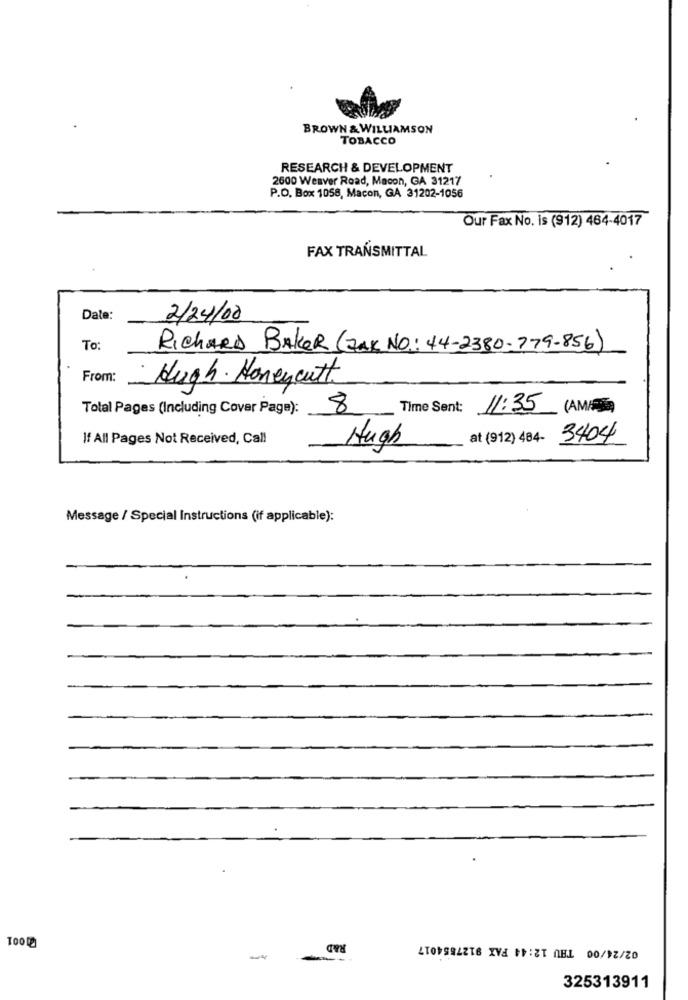
BROWN & WILLIAMSON
TOBACCO
RESEARCH & DEVELOPMENT
2600 Weaver Road, Macon, GA 31217
P.O. Box 1058, Macon, GA 31202-1056
Our Fax No. is (912) 464-4017
FAX TRANSMITTAL
Date:
2/24/00
To:
RICHARD BAKER (ZAK NO: 44-2380-779-856)
From:
Hugh. Honeycutt
Total Pages (Including Cover Page):
8
Time Sent:
11:35
If All Pages Not Received, Call
at (912) 484- 3404
Hugh
Message / Special Instructions (if applicable):
RAD
02/24/00 TAU 12:44 FAX 9127554017
100 1
-
-
325313911